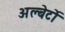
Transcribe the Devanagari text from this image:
अल्बेर्टो